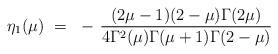
LaTeX: \begin{align*}\eta_1(\mu) ~=~ - \, \frac{(2\mu-1)(2-\mu) \Gamma(2\mu)}{4\Gamma^2(\mu)\Gamma(\mu+1) \Gamma(2-\mu)}\end{align*}